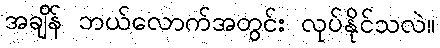
အချိန် ဘယ်လောက်အတွင်း လုပ်နိုင်သလဲ။